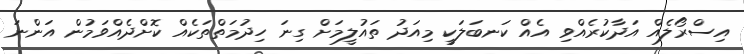
އިސްރޯލެއް އަދާކުރެއްވި އެއް ކަނބަލަކީ މިއަދު ތައުލީމަށް ގިނަ ހިދުމަތްތަކެއް ކޮށްދެއްވަމުން އަންނަ